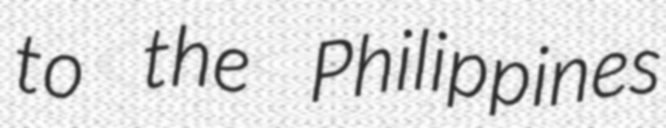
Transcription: to the Philippines